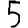
Digit: 5